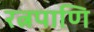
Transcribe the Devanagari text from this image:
रत्नपाणि